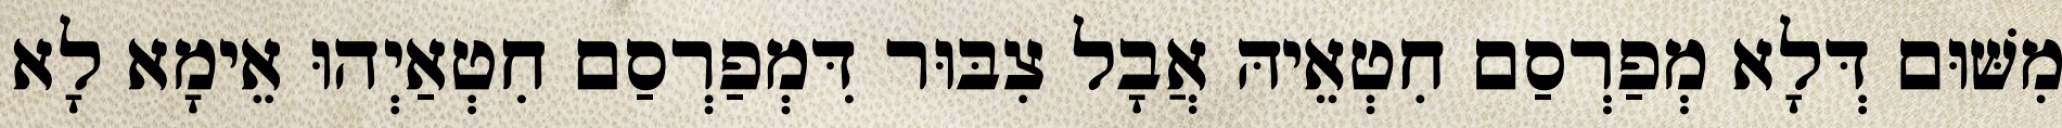
מִשּׁוּם דְּלָא מְפַרְסַם חִטְאֵיהּ אֲבָל צִבּוּר דִּמְפַרְסַם חִטְאַיְהוּ אֵימָא לָא